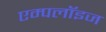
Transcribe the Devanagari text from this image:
एम्पलॉइज